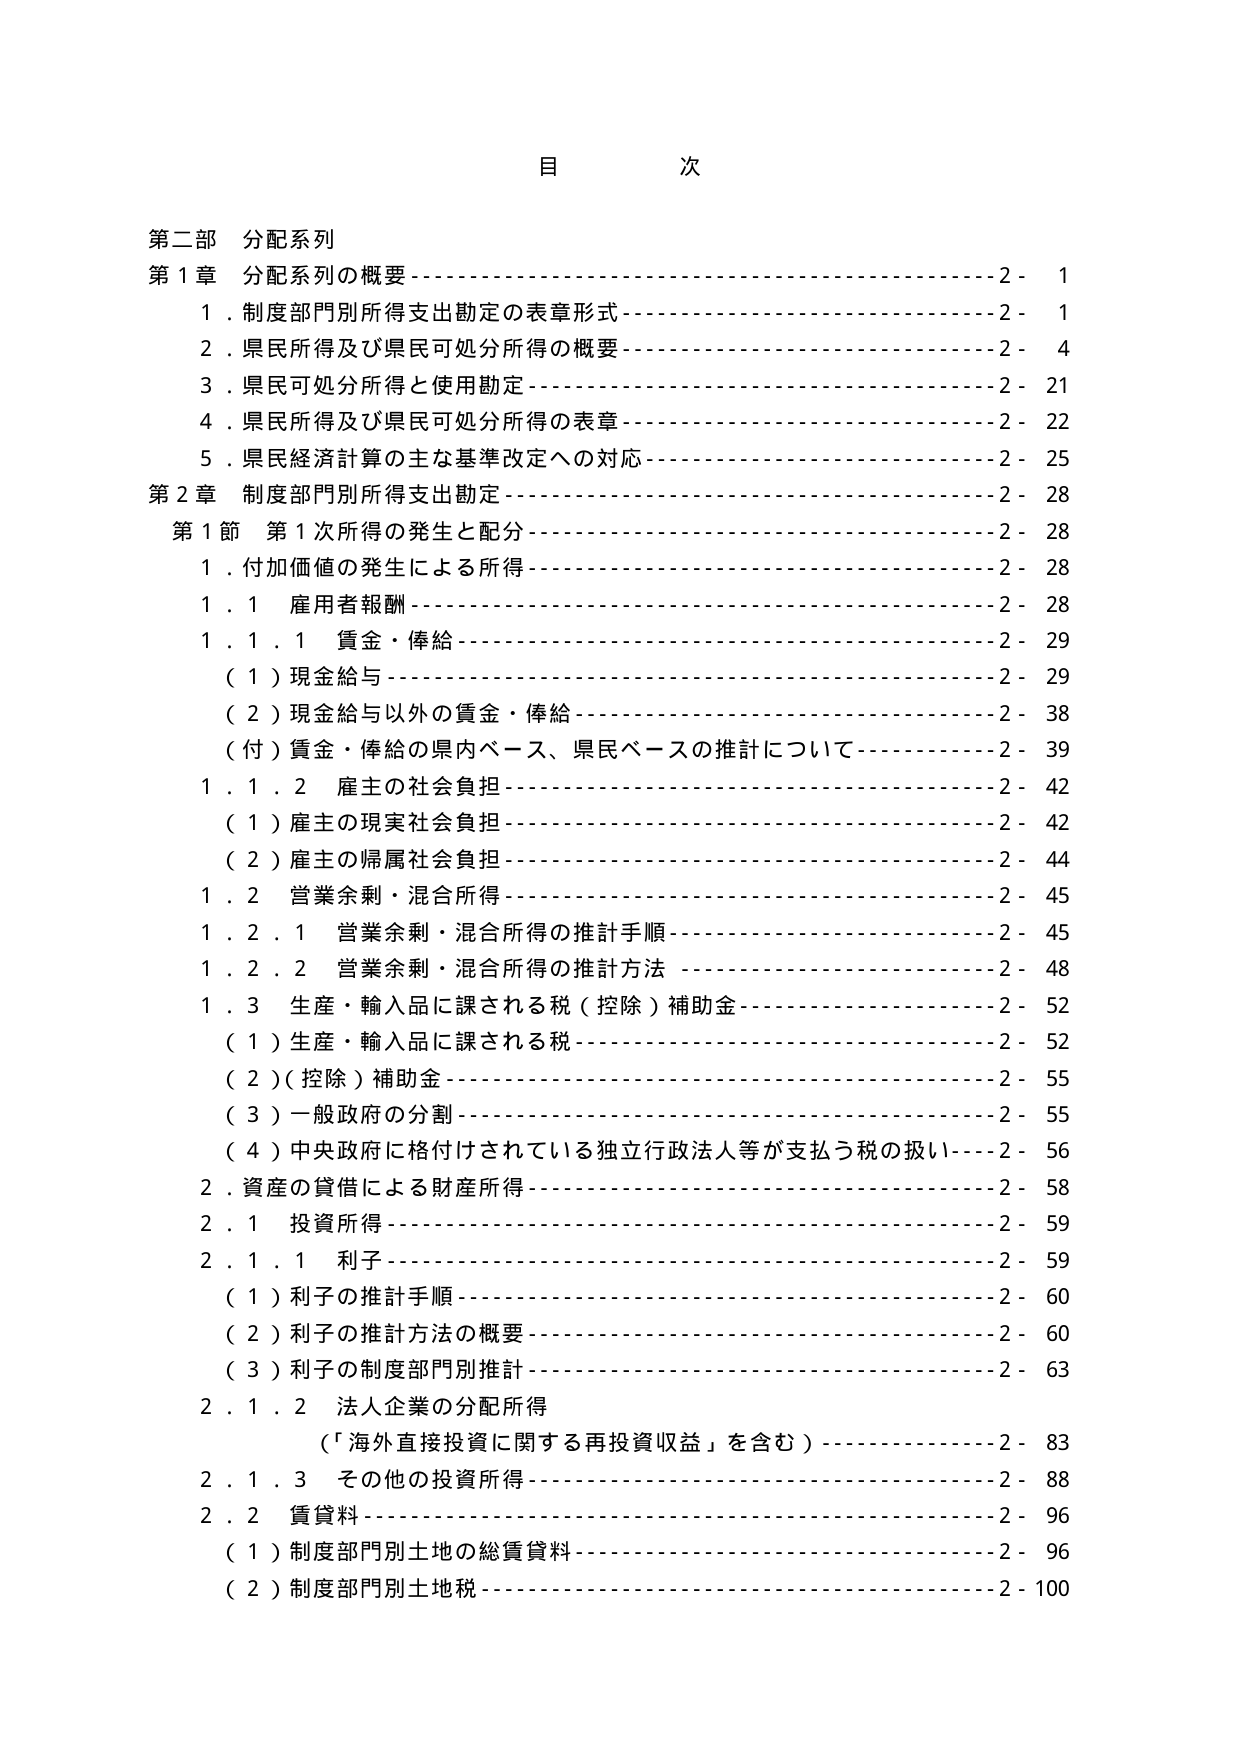
目 次

第二部 分配系列
第1章 分配系列の概要---------------------------------------------2- 1
　1．制度部門別所得支出勘定の表章形式--------------------------2- 1
　2．県民所得及び県民可処分所得の概要--------------------------2- 4
　3．県民可処分所得と使用勘定----------------------------------2- 21
　4．県民所得及び県民可処分所得の表章--------------------------2- 22
　5．県民経済計算の主な基準改定への対応------------------------2- 25
第2章 制度部門別所得支出勘定----------------------------------2- 28
　第1節 第1次所得の発生と配分----------------------------------2- 28
　　1．付加価値の発生による所得--------------------------------2- 28
　　1．1 雇用者報酬---------------------------------------------2- 28
　　1．1．1 賃金・俸給------------------------------------------2- 29
　　　（1）現金給与---------------------------------------------2- 29
　　　（2）現金給与以外の賃金・俸給-----------------------------2- 38
　　　（付）賃金・俸給の県内ベース、県民ベースの推計について---2- 39
　　1．1．2 雇主の社会負担--------------------------------------2- 42
　　　（1）雇主の現実社会負担-----------------------------------2- 42
　　　（2）雇主の帰属社会負担-----------------------------------2- 44
　　1．2 営業余剰・混合所得--------------------------------------2- 45
　　1．2．1 営業余剰・混合所得の推計手順------------------------2- 45
　　1．2．2 営業余剰・混合所得の推計方法------------------------2- 48
　　1．3 生産・輸入品に課される税（控除）補助金-----------------2- 52
　　　（1）生産・輸入品に課される税-----------------------------2- 52
　　　（2）（控除）補助金---------------------------------------2- 55
　　　（3）一般政府の分割---------------------------------------2- 55
　　　（4）中央政府に格付けされている独立行政法人等が支払う税の扱い---2- 56
　　2．資産の貸借による財産所得---------------------------------2- 58
　　2．1 投資所得-----------------------------------------------2- 59
　　2．1．1 利子-----------------------------------------------2- 59
　　　（1）利子の推計手順--------------------------------------2- 60
　　　（2）利子の推計方法の概要--------------------------------2- 60
　　　（3）利子の制度部門別推計--------------------------------2- 63
　　2．1．2 法人企業の分配所得
　　　　（「海外直接投資に関する再投資収益」を含む）-------------2- 83
　　2．1．3 その他の投資所得------------------------------------2- 88
　　2．2 賃貸料-----------------------------------------------2- 96
　　　（1）制度部門別土地の総賃貸料-----------------------------2- 96
　　　（2）制度部門別土地税-------------------------------------2- 100